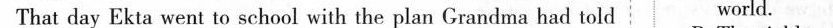
That day Ekta went to school with the plan Grandma had told world.